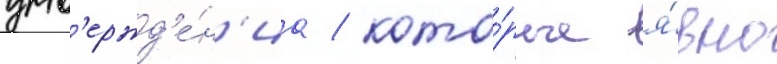
утв'ержд'е́н'иа / кото́рые я́вно